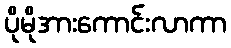
ပိုမိုအားကောင်းလာကာ